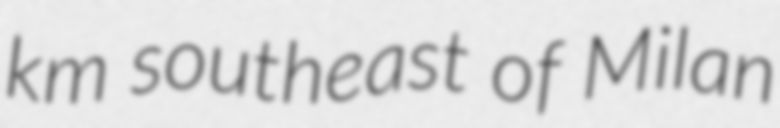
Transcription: km southeast of Milan